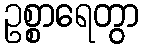
ဥစ္စာရေတွာ